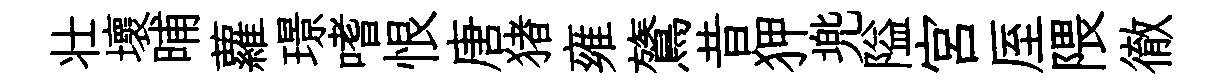
壮壞晡蘿璟嗜恨唐猪雍鷟昔狎兠隘宫厔隈徹